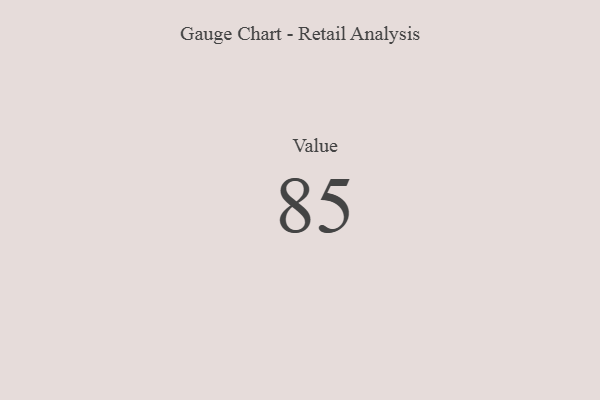
{"axis": {"x": "Metric", "y": "Value"}, "legend": [""], "data": [{"x": "Value", "y": 85, "type": ""}]}